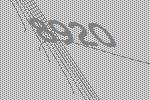
8920